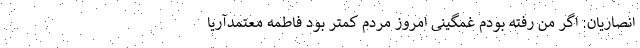
انصاریان: اگر من رفته بودم غمگینی امروز مردم کمتر بود فاطمه معتمدآریا